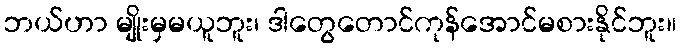
ဘယ်ဟာ မျိုးမှမယူဘူး၊ ဒါတွေတောင်ကုန်အောင်မစားနိုင်ဘူး။